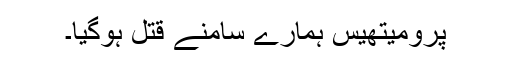
پرومیتھیس ہمارے سامنے قتل ہوگیا۔